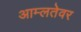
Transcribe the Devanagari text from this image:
आम्लतेवर